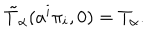
\tilde { T } _ { \alpha } ( a ^ { i } \pi _ { i } , 0 ) = T _ { \alpha } .